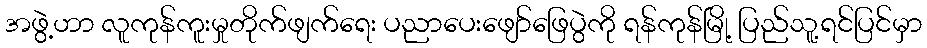
အဖွဲ့ဟာ လူကုန်ကူးမှုတိုက်ဖျက်ရေး ပညာပေးဖျော်ဖြေပွဲကို ရန်ကုန်မြို့ ပြည်သူ့ရင်ပြင်မှာ